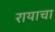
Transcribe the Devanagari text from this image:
रायाचा